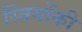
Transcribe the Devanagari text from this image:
स्त्रियोंकी